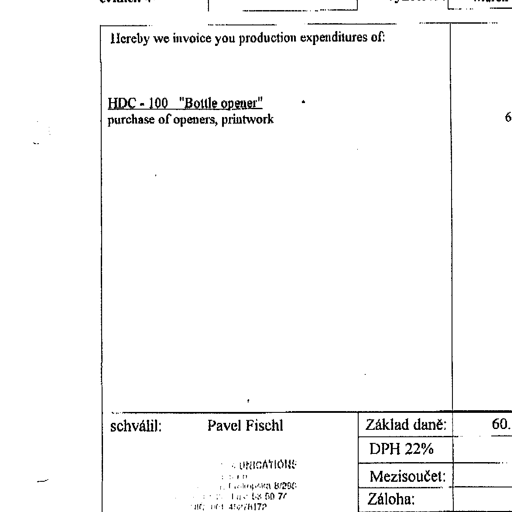
Transcript:
Hereby we invoice you production expenditures of:

HDC - 100 "Bottle opener"
purchase of openers, printwork

schválil: Pavel Fischl

Základ daně:

DPH 22%

Mezisoučet:

Záloha: